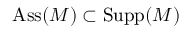
\operatorname { A s s } ( M ) \subset \operatorname { S u p p } ( M )